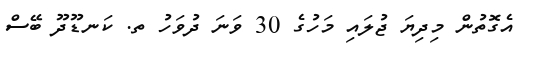
އެގޮތުން މިދިޔަ ޖުލައި މަހުގެ 30 ވަނަ ދުވަހު ތ. ކަނޑޫދޫ ބޭސް